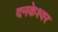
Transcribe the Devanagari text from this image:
दनकेश्वर